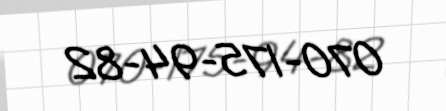
070-175-94-82